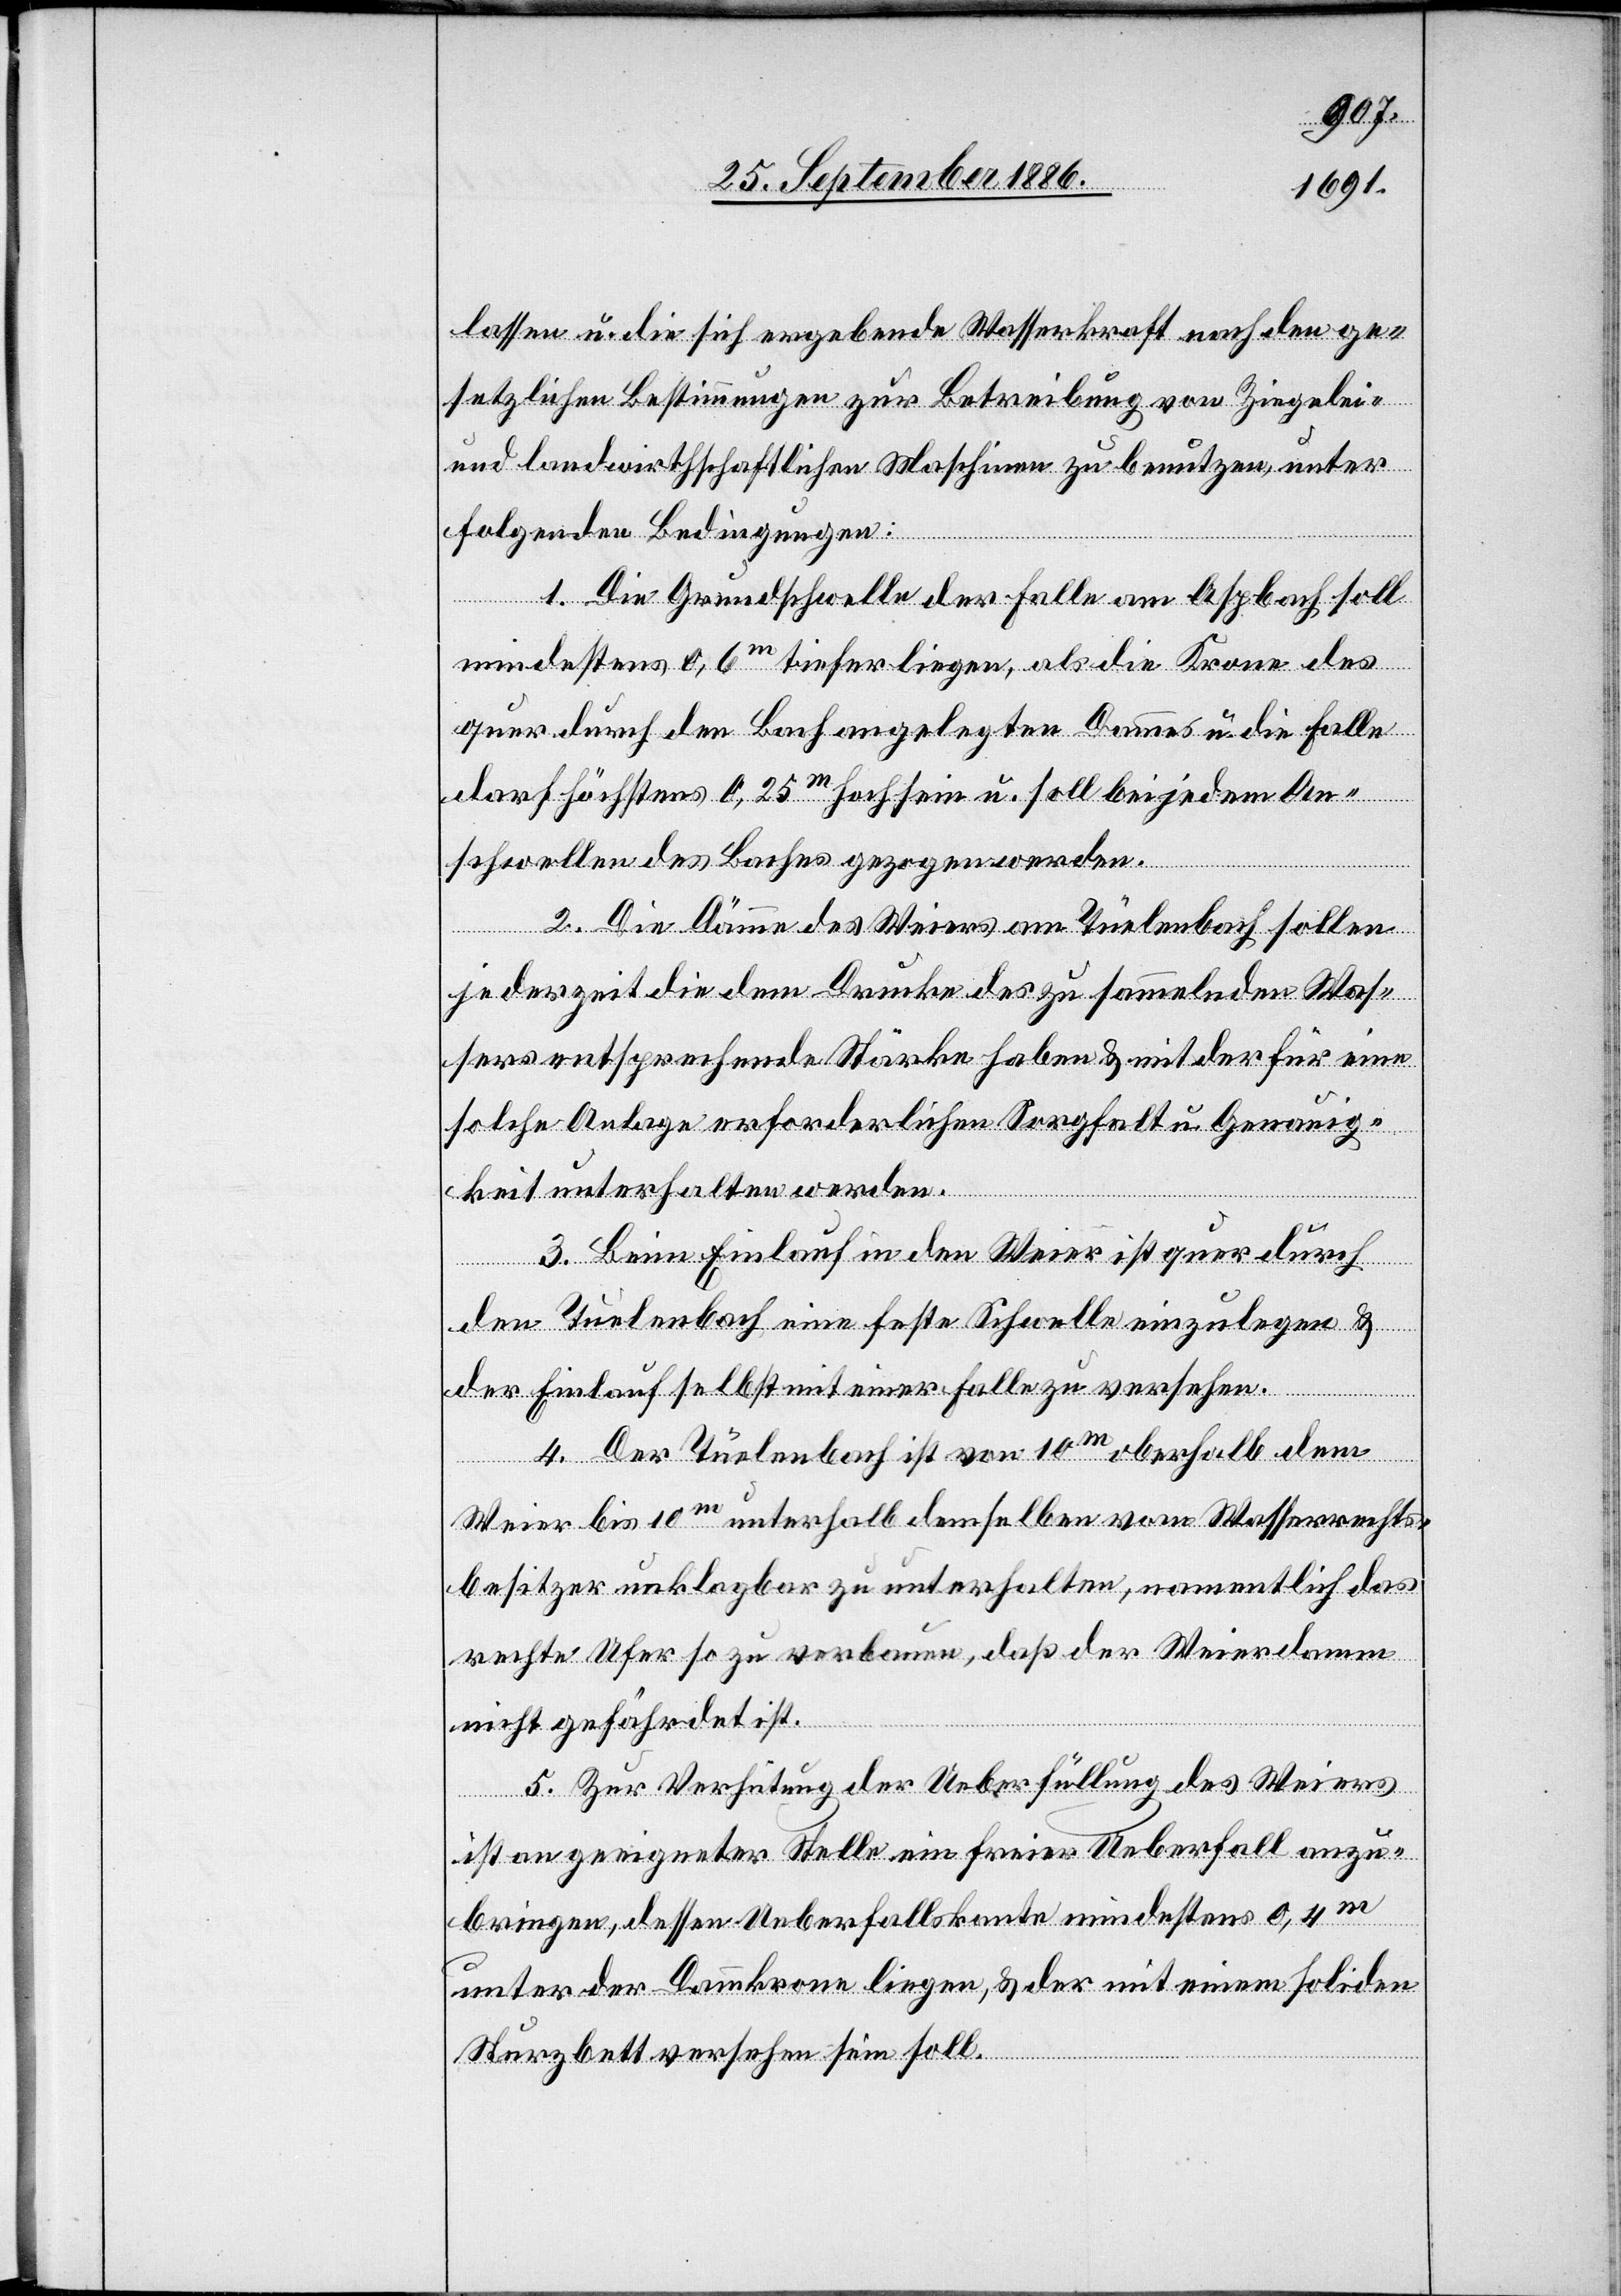
lassen u. die sich ergebende Wasserkraft nach den ge¬
setzlichen Bestimmungen zur Betreibung von Ziegelei
und landwirthschaftlichen Maschinen zu benutzen, unter
folgenden Bedingungen:
1. Die Grundschwelle der Falle am Aspbach soll
mindestens 0,6m tiefer liegen, als die Krone des
quer durch den Bach angelegten Dammes u. die Falle
darf höchstens 0,25m hoch sein u. soll bei jedem An¬
schwellen des Baches gezogen werden.
2. Die Dämme des Weiers am Tüelenbach sollen
jederzeit die dem Drucke des zu sammelnden Was¬
sers entsprechende Stärke haben & mit der für eine
solche Anlage erforderlichen Sorgfalt u. Genauig¬
keit unterhalten werden.
3. Beim Einlauf in den Weier ist quer durch
den Tüelenbach eine feste Schwelle einzulegen &
der Einlauf selbst [ist] mit einer Falle zu versehen.
4. Der Tüelenbach ist von 10m oberhalb dem
Weier bis 10m unterhalb demselben vom Wasserrechts¬
besitzer unklagbar zu unterhalten, namentlich das
rechte Ufer so zu verbauen, daß der Weierdamm
nicht gefährdet ist.
5. Zur Verhütung der Ueberfüllung des Weiers
ist an geeigneter Stelle ein freier Ueberfall anzu¬
bringen, dessen Ueberfallskante mindestens 0,4m
unter der Dammkrone liegen, & der mit einem soliden
Sturzbett versehen sein soll.